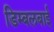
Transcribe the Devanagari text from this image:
डिम्बलबाई